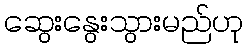
ဆွေးနွေးသွားမည်ဟု